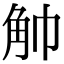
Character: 𧢹